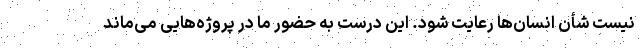
نیست شأن انسان‌ها رعایت شود. این درست به حضور ما در پروژه‌هایی می‌ماند